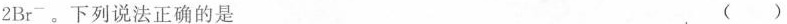
2 B r ^ { - }$$。下列说法正确的是 ()